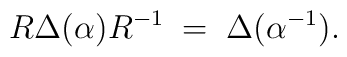
R \Delta(\alpha)R^{-1} \;=\; \Delta(\alpha^{-1}).